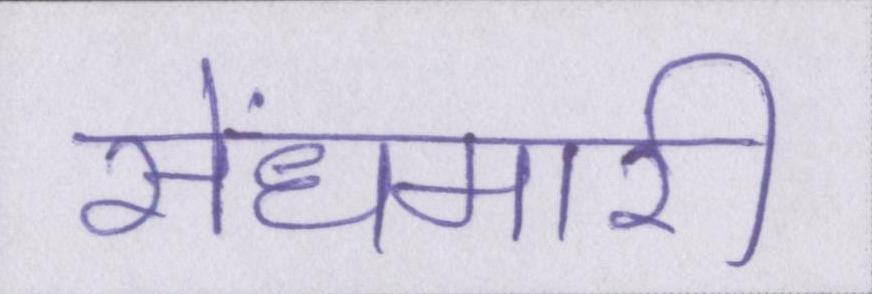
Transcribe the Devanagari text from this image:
सेंधमारी